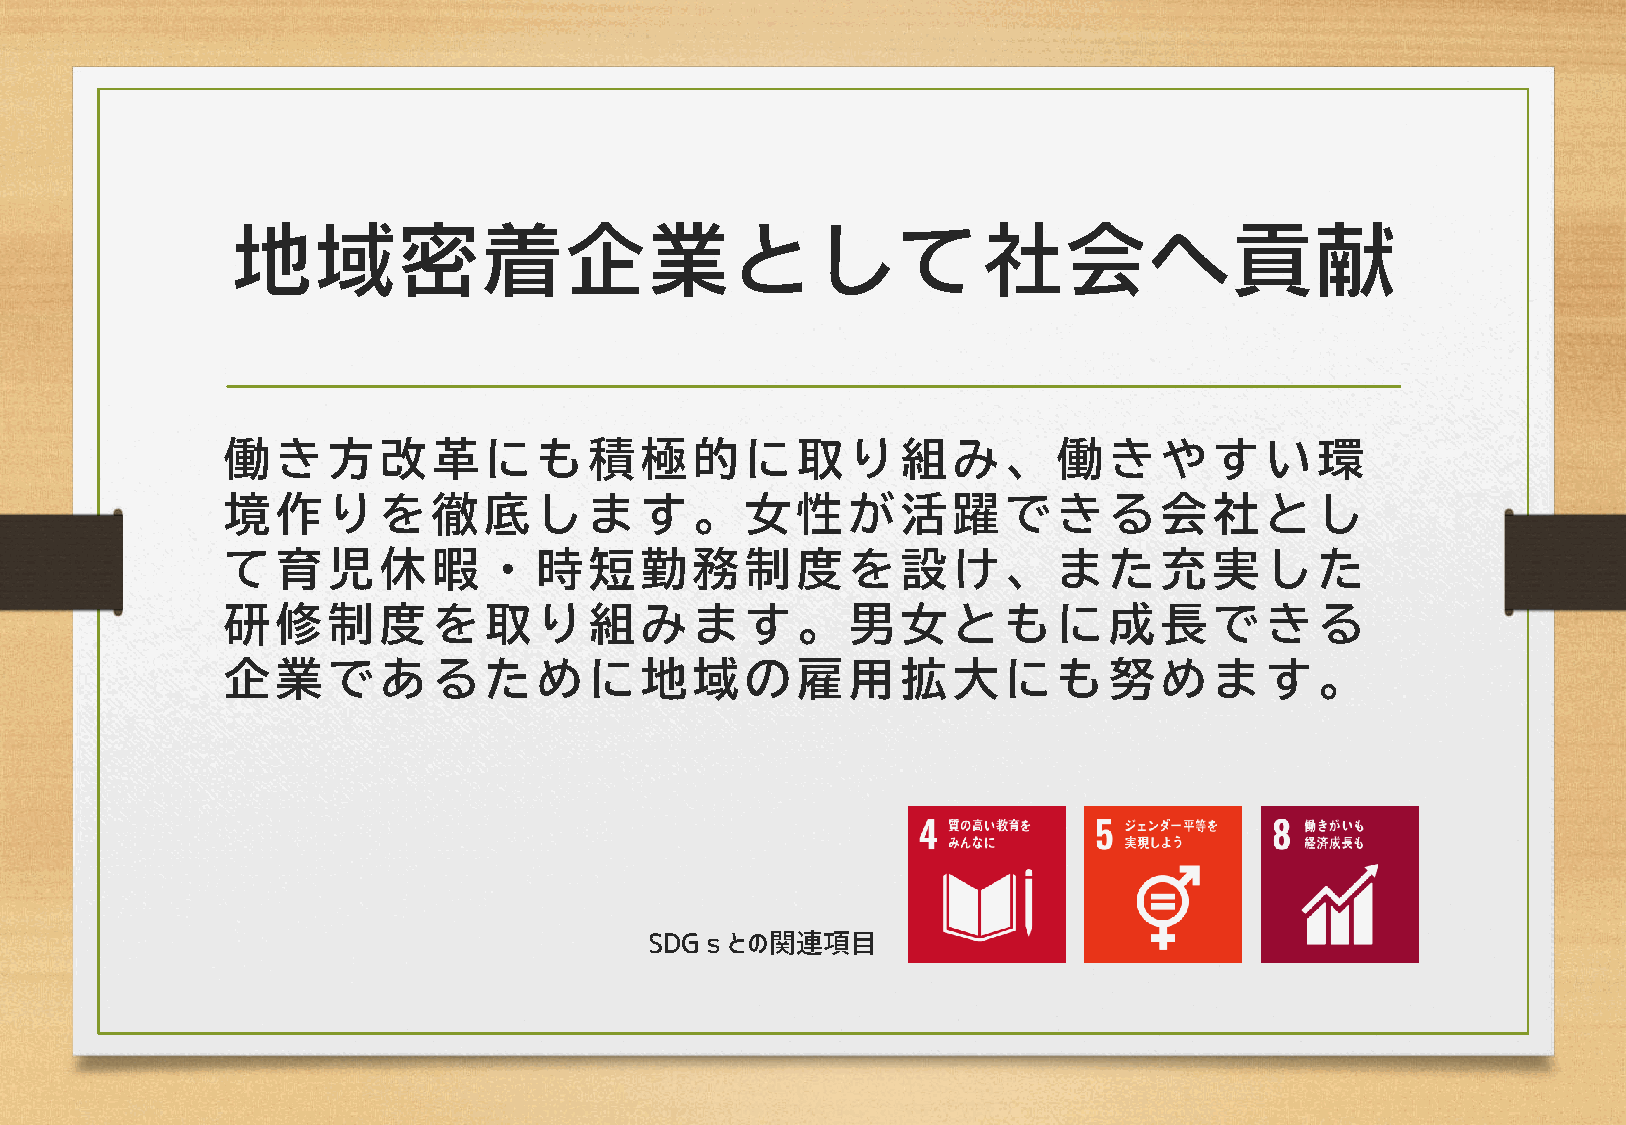
働き方改          革にも積         極的に取          り組み、          働きやす          い環
 境作りを          徹底しま         す。女性          が活躍で          きる会社          とし
 て育児休          暇・時短         勤務制度          を設け、          また充実          した
 研修制度          を取り組         みます。          男女とも          に成長で          きる
 企業であ          るために         地域の雇          用拡大に          も努めま          す。
 SDGｓとの関連項目